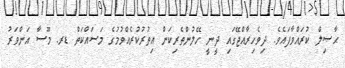
ޙާޞިލް ކުރައްވާފައެވެ. ދިވެހިރާއްޖޭގައި ދީނީ ހޭލުންތެރިކަން އިތުރުކުރެއްވުމުގެ މަސައްކަތް ޑރ. މޫސާ އަންވަރު